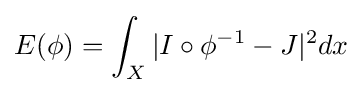
E(\phi )=\int _{X}|I\circ \phi ^{-1}-J|^{2}dx